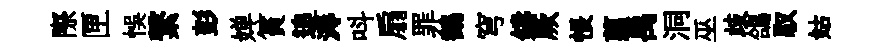
際匣悞繋彭婵篔追溽呌扇罪鶴穹鑄厥悵翦禹洞巫歧鴿馭姑